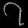
Digit: ၇